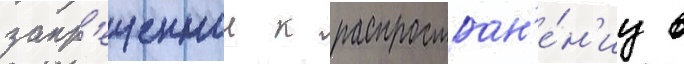
запр'ещеннои к распростран'е́н'иу в